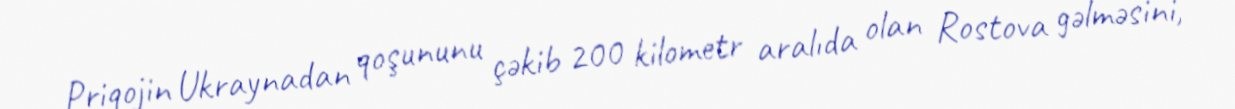
Priqojin Ukraynadan qoşununu çəkib 200 kilometr aralıda olan Rostova gəlməsini,